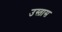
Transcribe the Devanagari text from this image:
उस्तास